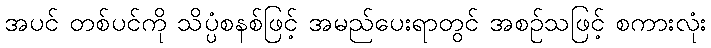
အပင် တစ်ပင်ကို သိပ္ပံစနစ်ဖြင့် အမည်ပေးရာတွင် အစဉ်သဖြင့် စကားလုံး